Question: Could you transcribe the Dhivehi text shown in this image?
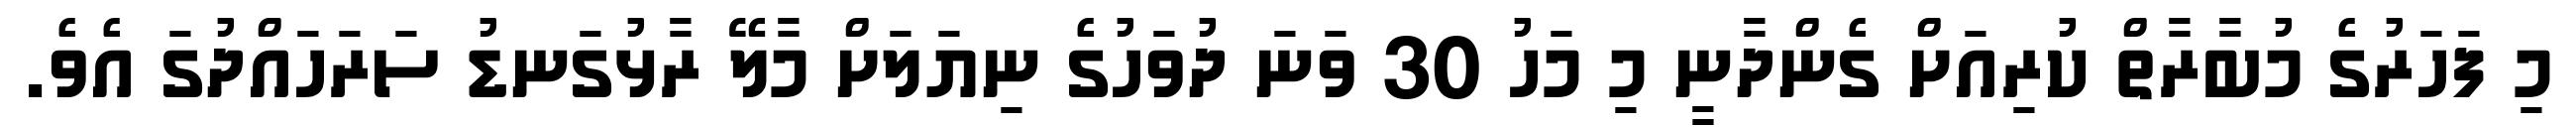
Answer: މި ފަހަރުގެ މުބާރާތް ކުރިއަށް ގެންދާނީ މި މަހު 30 ވަނަ ދުވަހުގެ ނިޔަލަށް މާލޭ ރާޅުގަނޑު ސަރަހައްދުގަ އެވެ.